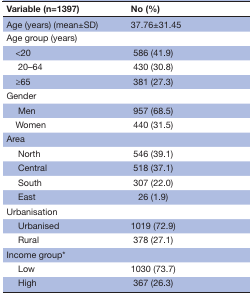
<table><thead><tr><td><b>Variable (n=1397)</b></td><td><b>No (%)</b></td></tr></thead><tbody><tr><td>Age (years) (mean±SD)</td><td>37.76±31.45</td></tr><tr><td>Age group (years)</td><td></td></tr><tr><td> &lt;20</td><td>586 (41.9)</td></tr><tr><td>20–64</td><td>430 (30.8)</td></tr><tr><td> ≥65</td><td>381 (27.3)</td></tr><tr><td>Gender</td><td></td></tr><tr><td>Men</td><td>957 (68.5)</td></tr><tr><td> Women</td><td>440 (31.5)</td></tr><tr><td>Area</td><td></td></tr><tr><td>North</td><td>546 (39.1)</td></tr><tr><td>Central</td><td>518 (37.1)</td></tr><tr><td>South</td><td>307 (22.0)</td></tr><tr><td>East</td><td>26 (1.9)</td></tr><tr><td>Urbanisation</td><td></td></tr><tr><td>Urbanised</td><td>1019 (72.9)</td></tr><tr><td>Rural</td><td>378 (27.1)</td></tr><tr><td>Income group*</td><td></td></tr><tr><td>Low</td><td>1030 (73.7)</td></tr><tr><td>High</td><td>367 (26.3)</td></tr></tbody></table>